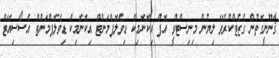
ޤާނޫނީގޮތުން ގެޒެޓްކުރެވޭ ލިޔުން މިނިސްޓްރީ އޮފް އިކޮނޮމިކް ޑިވެލޮޕްމަންޓް އިކޮނޮމިކް ޑިވެލޮޕްމަންޓް އެސޯސިއޭޓް